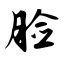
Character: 脸